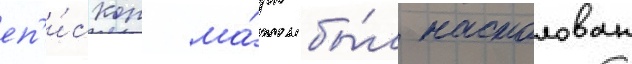
еп'и́скоп ма́рк бы́л настолован